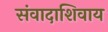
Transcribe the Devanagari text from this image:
संवादाशिवाय